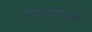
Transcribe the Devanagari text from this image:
चित्रपटसुद्धा